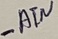
Text: -ATN